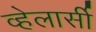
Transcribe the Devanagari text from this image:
व्हेलार्सी